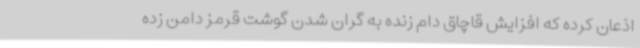
اذعان کرده که افزایش قاچاق دام زنده به گران شدن گوشت قرمز دامن زده